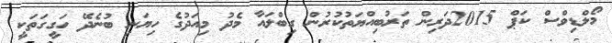
މޯލްޑިވްސް ކަޕް 2015ދަރިން ތަރުބިއްޔަތުކުރުން ގިބްލައާ މެދު މިއަދުގެ ހިޔަނި ބުނެދޭ ހަގީގަތަކީ